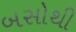
બસોથી